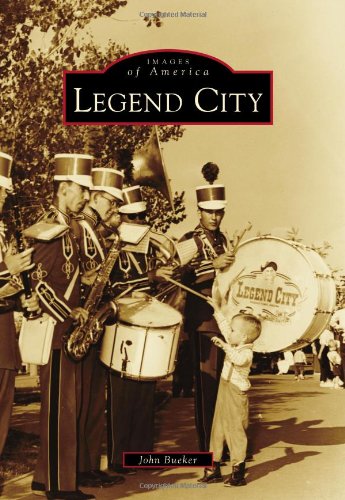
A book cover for Legend City (Images of America (Arcadia Publishing)); John Bueker; Travel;